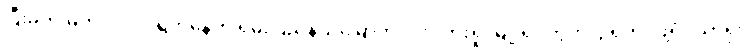
ပြီးခဲ့တဲ့ မတ်လ ၂၂ ရက်နေ့က ရှမ်းပြည်နယ်မြောက်ပိုင်း လားရှိုးမြို့ ရပ်ကွက် ၄ ရဲတပ်ဖွဲ့ရိပ်သာရုံး